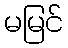
မမြင်